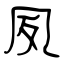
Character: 夙